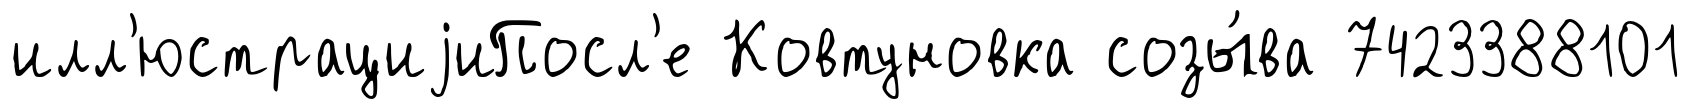
илл'юстрациjиПосл'е Ковтуновка созы́ва 7423388101